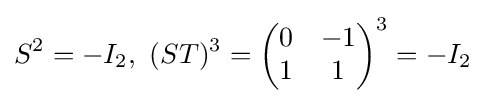
S^{2}=-I_{2},{\text{ }}(ST)^{3}={\begin{pmatrix}0&-1\\1&1\end{pmatrix}}^{3}=-I_{2}